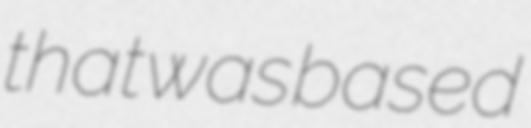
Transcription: that was based